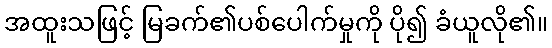
အထူးသဖြင့် မြခက်၏ပစ်ပေါက်မှုကို ပို၍ ခံယူလို၏။